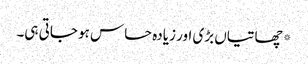
*چھاتیاں بڑی اور زیادہ حساس ہو جاتی ہی۔